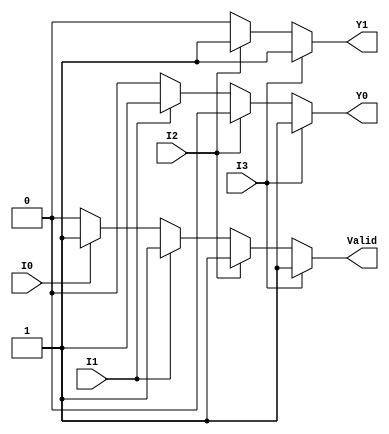
module priority_encoder_4to2 (
    input wire I0,    // Input line 0
    input wire I1,    // Input line 1
    input wire I2,    // Input line 2
    input wire I3,    // Input line 3
    output reg Y1,    // Most significant bit of the output
    output reg Y0,    // Least significant bit of the output
    output reg Valid   // Indicates if any input is active
);
    
    always @(*) begin
        // Default values (when no inputs are active)
        Y1 = 1'b0; 
        Y0 = 1'b0;
        Valid = 1'b0;

        // Check inputs based on priority
        if (I3) begin
            Y1 = 1'b1;
            Y0 = 1'b1;
            Valid = 1'b1;
        end else if (I2) begin
            Y1 = 1'b1;
            Y0 = 1'b0;
            Valid = 1'b1;
        end else if (I1) begin
            Y1 = 1'b0;
            Y0 = 1'b1;
            Valid = 1'b1;
        end else if (I0) begin
            Y1 = 1'b0;
            Y0 = 1'b0;
            Valid = 1'b1;
        end else begin
            Valid = 1'b0; // No inputs are active
        end
    end
endmodule